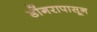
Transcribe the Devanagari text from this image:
डोंगरापासून